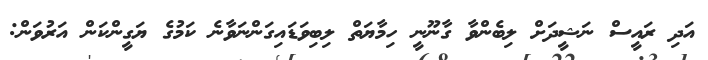
އަދި ރައީސް ނަޝީދަށް ލިބެންވާ ގާނޫނީ ހިމާޔަތް ލިބިވަޑައިގަންނަވާނެ ކަމުގެ ޔަގީންކަން އަރުވަން: